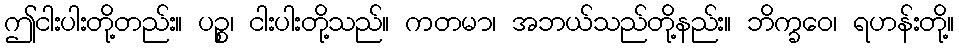
ဤငါးပါးတို့တည်း။ ပဉ္စ၊ ငါးပါးတို့သည်။ ကတမာ၊ အဘယ်သည်တို့နည်း။ ဘိက္ခဝေ၊ ရဟန်းတို့။